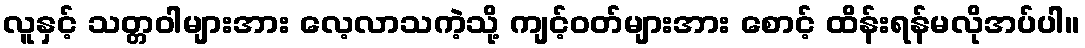
လူနှင့် သတ္တဝါများအား လေ့လာသကဲ့သို့ ကျင့်ဝတ်များအား စောင့် ထိန်းရန်မလိုအပ်ပါ။